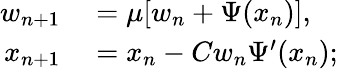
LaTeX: \begin{array}{rl}{w_{n+1}}&{{}=\mu[w_{n}+\Psi(x_{n})],}\\ {x_{n+1}}&{{}=x_{n}-Cw_{n}\Psi^{\prime}(x_{n});}\end{array}